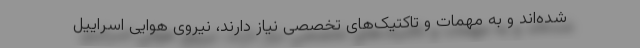
شده‌اند و به مهمات و تاکتیک‌های تخصصی نیاز دارند، نیروی هوایی اسراییل